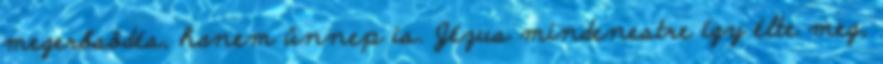
megerősödés, hanem ünnep is. Jézus mindenestre így élte meg,